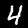
Label: 4